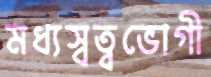
মধ্যস্বত্বভোগী